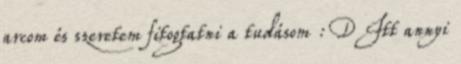
arcom és szeretem fitogtatni a tudásom :D Itt annyi